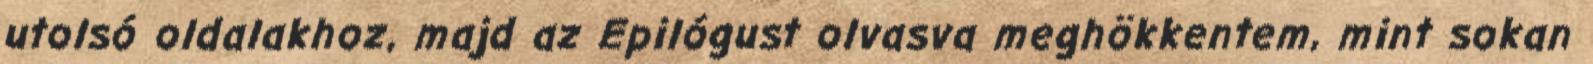
utolsó oldalakhoz, majd az Epilógust olvasva meghökkentem, mint sokan